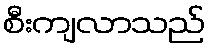
စီးကျလာသည်